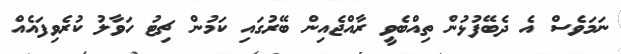
ނަމަވެސް އެ ދެބޭފުޅުން ތިއްބެވީ ރާއްޖެއިން ބޭރުގައި ކަމުން ޗިޓު ހަވާލު ކުރެވިފައެއް